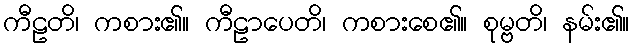
ကီဠတိ၊ ကစား၏။ ကီဠာပေတိ၊ ကစားစေ၏။ စုမ္ဗတိ၊ နမ်း၏။